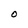
Character: O